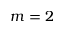
m = 2